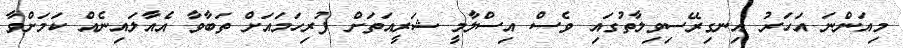
މިއަންނަ އަހަރު އިނގިރޭސިވިލާތުގައި ވެސް އިސްލާމީ ޝަރީއަތަށް ފުރިހަމައަށް ތަބާވާ އެއާލައިނެއް ކަމަށްވާ